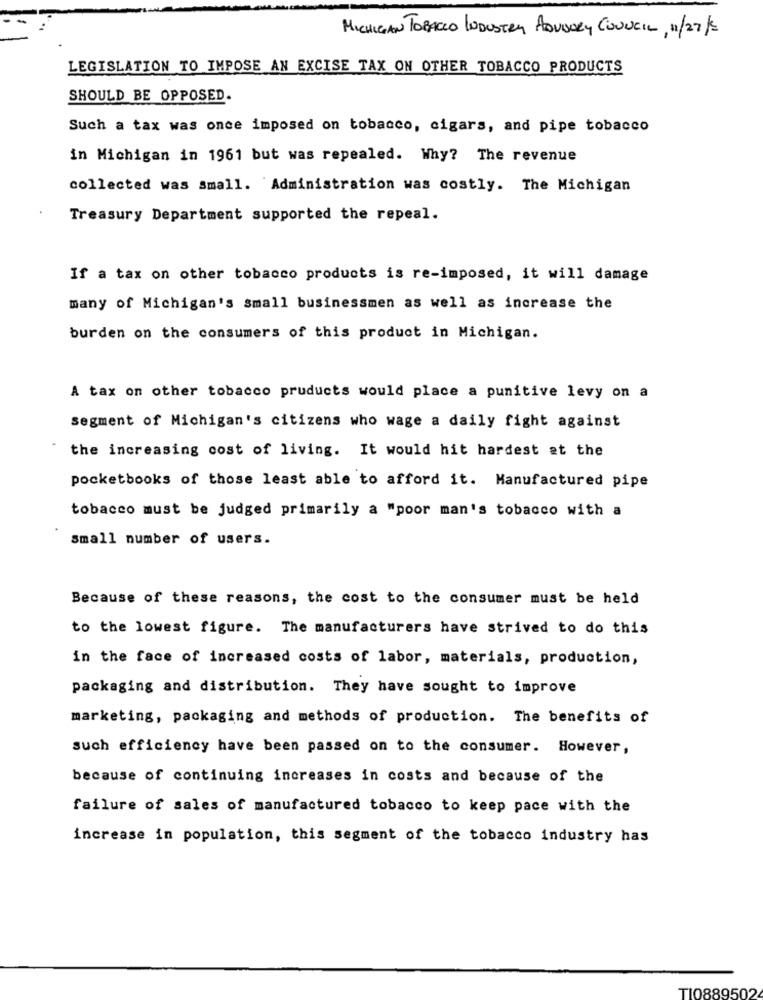
MICHIGAN TOBACCO INDUSTRY ADVISORY COUNCIL, 11/27/2
LEGISLATION TO IMPOSE AN EXCISE TAX ON OTHER TOBACCO PRODUCTS
SHOULD BE OPPOSED.
Such a tax was once imposed on tobacco, cigars, and pipe tobacco
in Michigan in 1961 but was repealed. Why? The revenue
collected was small. Administration was costly. The Michigan
Treasury Department supported the repeal.
If a tax on other tobacco products is re-imposed, it will damage
many of Michigan's small businessmen as well as increase the
burden on the consumers of this product in Michigan.
A tax on other tobacco pruducts would place a punitive levy on a
segment of Michigan's citizens who wage a daily fight against
the increasing cost of living. It would hit hardest at the
pocketbooks of those least able to afford it. Manufactured pipe
tobacco must be judged primarily a "poor man's tobacco with a
small number of users.
Because of these reasons, the cost to the consumer must be held
to the lowest figure. The manufacturers have strived to do this
in the face of increased costs of labor, materials, production,
packaging and distribution. They have sought to improve
marketing, packaging and methods of production. The benefits of
such efficiency have been passed on to the consumer. However,
because of continuing increases in costs and because of the
failure of sales of manufactured tobacco to keep pace with the
increase in population, this segment of the tobacco industry has
TI0889502